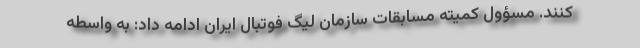
کنند. مسؤول کمیته مسابقات سازمان لیگ فوتبال ایران ادامه داد: به واسطه